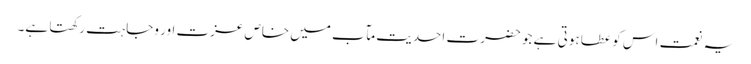
یہ نعمت اس کو عطا ہوتی ہے جو حضرت احدیت مآب میں خاص عزت اور وجاہت رکھتا ہے۔